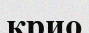
крио